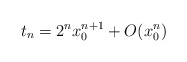
\begin{align*} t_n=2^nx_0^{n+1}+O(x_0^n) \end{align*}